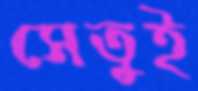
সেতুই